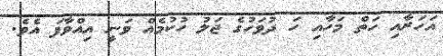
އަހަރާއި ހަތް މަހާއި ހަ ދުވަހުގެ ޖަލު ހުކުމެއް ވަނީ އިއްވާފަ އެވެ.